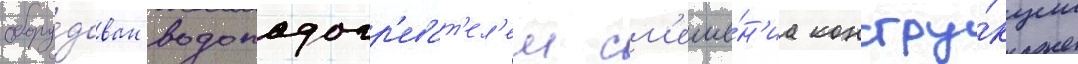
обору́дован водоподогр'еват'ел'ем см'еше́н'иа констру́кции